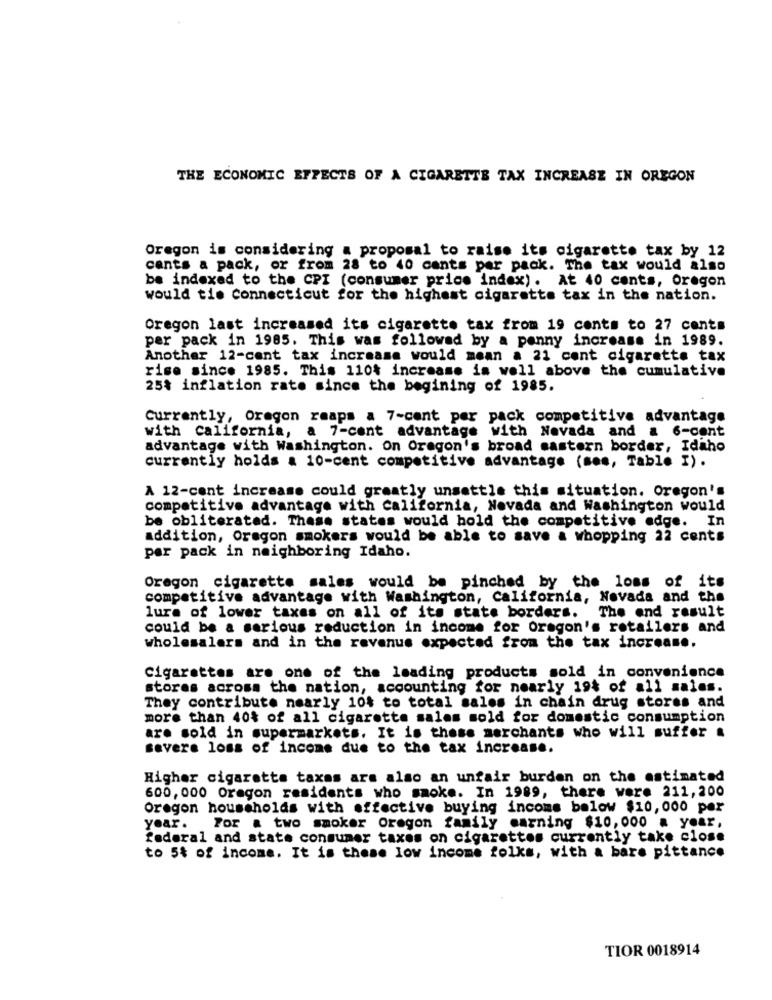
THE ECONOMIC EFFECTS OF A CIGARETTE TAX INCREASE IN OREGON
Oregon is considering a proposal to raise its cigarette tax by 12
cants a pack, or from 28 to 40 cants per pack. The tax would also
be indexed to the CPI (consumer price index). At 40 cents, Oregon
would tie Connecticut for the highest cigarette tax in the nation.
Oregon last increased its cigarette tax from 19 cents to 27 cents
per pack in 1985. This was followed by a penny increase in 1989.
Another 12-cent tax increase would mean a 21 cent cigarette tax
rise since 1985. This 110% increase is well above the cumulative
25% inflation rate since the begining of 1985.
Currently, Oregon reaps a 7-cent per pack competitive advantage
with california, a 7-cent advantage with Nevada and a 6-cent
advantage with Washington. On Oregon's broad mastern border, Idaho
currently holds a 10-cent competitive advantage (ses, Table I).
A 12-cent increase could greatly unsettle this situation. Oregon's
competitive advantage with california, Nevada and Washington would
be obliterated. These states would hold the competitive edge.
In
addition, Oregon smokers would be able to save a whopping 22 cents
per pack in neighboring Idaho.
Oregon cigarette sales would be pinched by the loss of its
competitive advantage with Washington, California, Nevada and the
The end result
lure of lower taxes on all of its state borders.
could be a serious reduction in income for Oregon's retailers and
wholesalers and in the revenue expected from the tax increase.
Cigarettes are one of the leading products sold in convenience
stores across the nation, accounting for nearly 19% of all sales.
They contribute nearly 104 to total sales in chain drug stores and
more than 40% of all cigarette salas sold for domestic consumption
are sold in supermarkets. It is these merchants who will suffer &
severe loss of income due to the tax increase.
Higher cigaretta taxes are also an unfair burden on the estimated
600, 000 Oregon residents who smoke. In 1989, there were 211,200
Oregon households with effective buying incoms below $10,000 per
year. For a two smoker Oregon family warning $10,000 a year,
federal and state consumer taxes on cigarettes currently take close
to 5% of income. It is these low income folks, with a bare pittance
TIOR 0018914